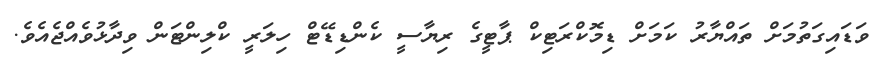
ވަޑައިގަތުމަށް ތައްޔާރު ކަމަށް ޑިމޮކްރަޓިކް ޕާޓީގެ ރިޔާސީ ކެންޑިޑޭޓް ހިލަރީ ކްލިންޓަން ވިދާޅުވެއްޖެއެވެ.